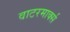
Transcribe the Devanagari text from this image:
वाटरमार्क्स